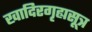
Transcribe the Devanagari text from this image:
खादिरगृह्यसूत्र